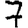
Digit: 7